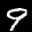
Label: 9